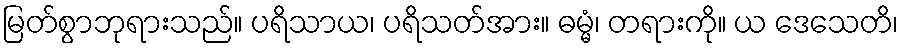
မြတ်စွာဘုရားသည်။ ပရိသာယ၊ ပရိသတ်အား။ ဓမ္မံ၊ တရားကို။ ယ ဒေသေတိ၊